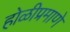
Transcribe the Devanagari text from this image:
होळीप्रमाणे